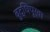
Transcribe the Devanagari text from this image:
बुद्धिपूर्वा